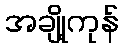
အချို့ကုန်